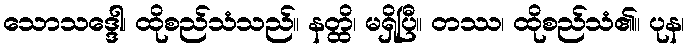
သောသဒ္ဒေါ၊ ထိုစည်သံသည်။ နတ္ထိ၊ မရှိပြီ။ တဿ၊ ထိုစည်သံ၏။ ပုန၊